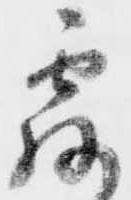
露